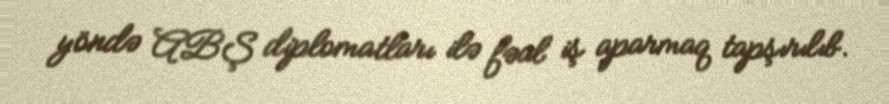
yöndə ABŞ diplomatları ilə fəal iş aparmaq tapşırılıb.